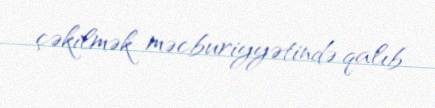
çəkilmək məcburiyyətində qalıb.